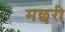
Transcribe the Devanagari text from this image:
मछरी